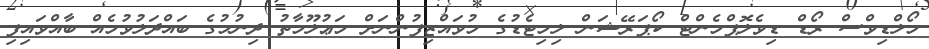
މޯލްޑިވްސް ރޯޑް ޑިވެލޮޕްމެންޓް ކޯޕަރޭޝަން ލިމިޓެޑުގެ މުވައްޒިފުންނަށް މަޢުލޫމާތު ދިނުމުގެ ބައްދަލުވުމެއް ބާއްވައިފި